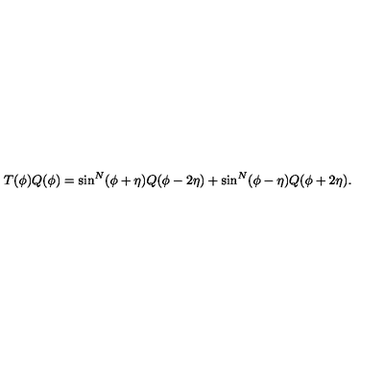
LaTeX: T ( \phi ) Q ( \phi ) = \sin ^ { N } ( \phi + \eta ) Q ( \phi - 2 \eta ) + \sin ^ { N } ( \phi - \eta ) Q ( \phi + 2 \eta ) .